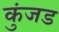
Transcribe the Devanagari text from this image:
कुंजड